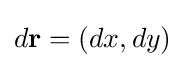
d\mathbf {r} =(dx,dy)